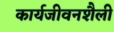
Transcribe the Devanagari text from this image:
कार्यजीवनशैली